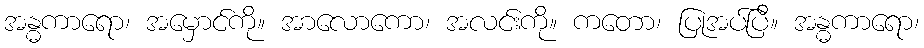
အန္ဓကာရော၊ အမှောင်ကို။ အာလောကော၊ အလင်းကို။ ကတော၊ ပြုအပ်ပြီ။ အန္ဓကာရော၊